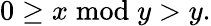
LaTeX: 0\geq x{\bmod{y}}>y.